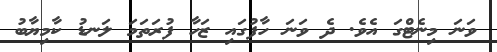
ވަނަ މިނެޓްގަ އެވެ. ދެ ވަނަ ހާފުގައި ޒަހާ ފުރަތަމަ ލަނޑު ކާމިޔާބު